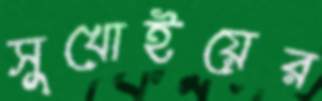
সুখোইয়ের